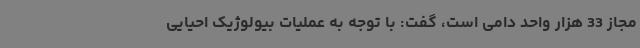
مجاز 33 هزار واحد دامی است، گفت: با توجه به عملیات بیولوژیک احیایی